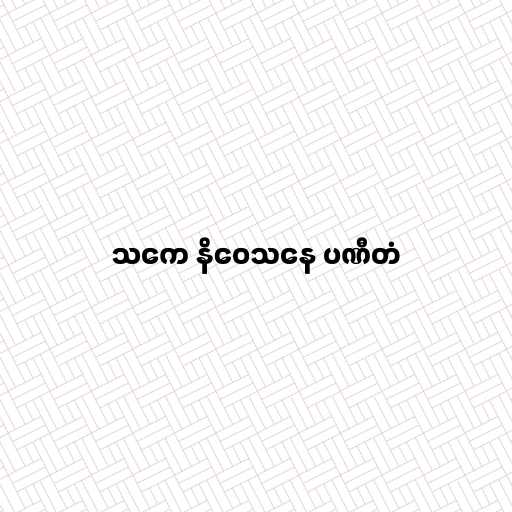
သကေ နိဝေသနေ ပဏီတံ